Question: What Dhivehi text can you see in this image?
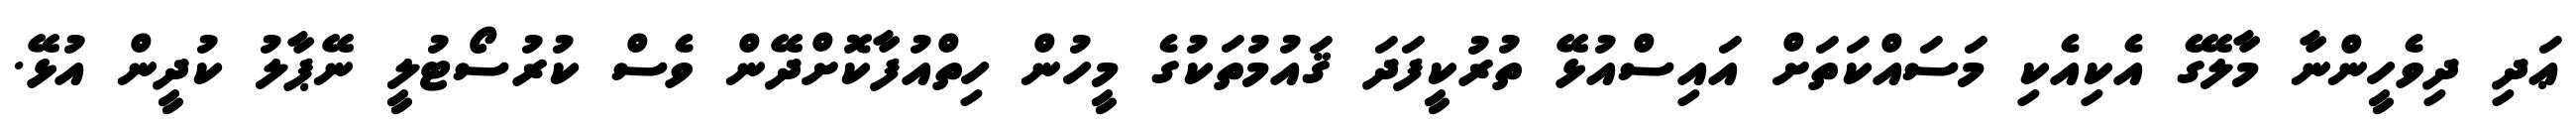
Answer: ޢަދި ދިވެހީންނާ މާލޭގެ އެކިއެކި މަސައްކަތަށް އައިސްއުޅޭ ތުރުކީފަދަ ޤައުމުތަކުގެ މީހުން ހިތްއުފާކޮށްދޭން ވެސް ކުރުސޯޓުލީ ނޭޕާލު ކުދީން އުޅޭ.